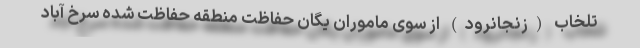
تلخاب (زنجانرود) از سوی ماموران یگان حفاظت منطقه حفاظت شده سرخ آباد